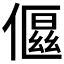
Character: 𬿤